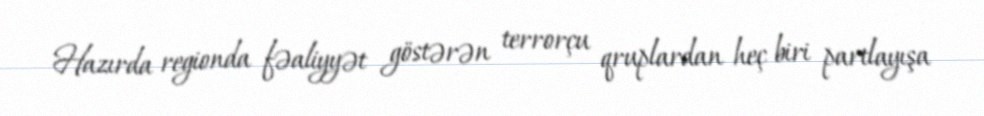
Hazırda regionda fəaliyyət göstərən terrorçu qruplardan heç biri partlayışa